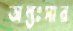
অন্তঃসার